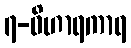
၇-ဝိဟာရကာရ